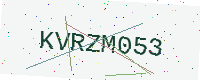
Text: KVRZM053